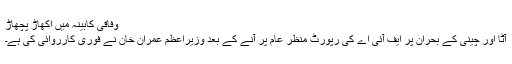
وفاقی کابینہ میں اکھاڑ پچھاڑ
آٹا اور چینی کے بحران پر ایف آئی اے کی رپورٹ منظر عام پر آنے کے بعد وزیراعظم عمران خان نے فوری کارروائی کی ہے۔